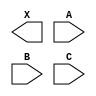
module sky130_fd_sc_ls__xnor3 (
    X,
    A,
    B,
    C
);

    output X;
    input  A;
    input  B;
    input  C;

    // Voltage supply signals
    supply1 VPWR;
    supply0 VGND;
    supply1 VPB ;
    supply0 VNB ;

endmodule